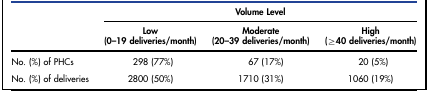
<table><thead><tr><td rowspan="2"></td><td colspan="3"><b>Volume Level</b></td></tr><tr><td><b>Low (0–19 deliveries/month)</b></td><td><b>Moderate (20–39 deliveries/month)</b></td><td><b>High (≥40 deliveries/month)</b></td></tr></thead><tbody><tr><td>No. (%) of PHCs</td><td>298 (77%)</td><td>67 (17%)</td><td>20 (5%)</td></tr><tr><td>No. (%) of deliveries</td><td>2800 (50%)</td><td>1710 (31%)</td><td>1060 (19%)</td></tr></tbody></table>